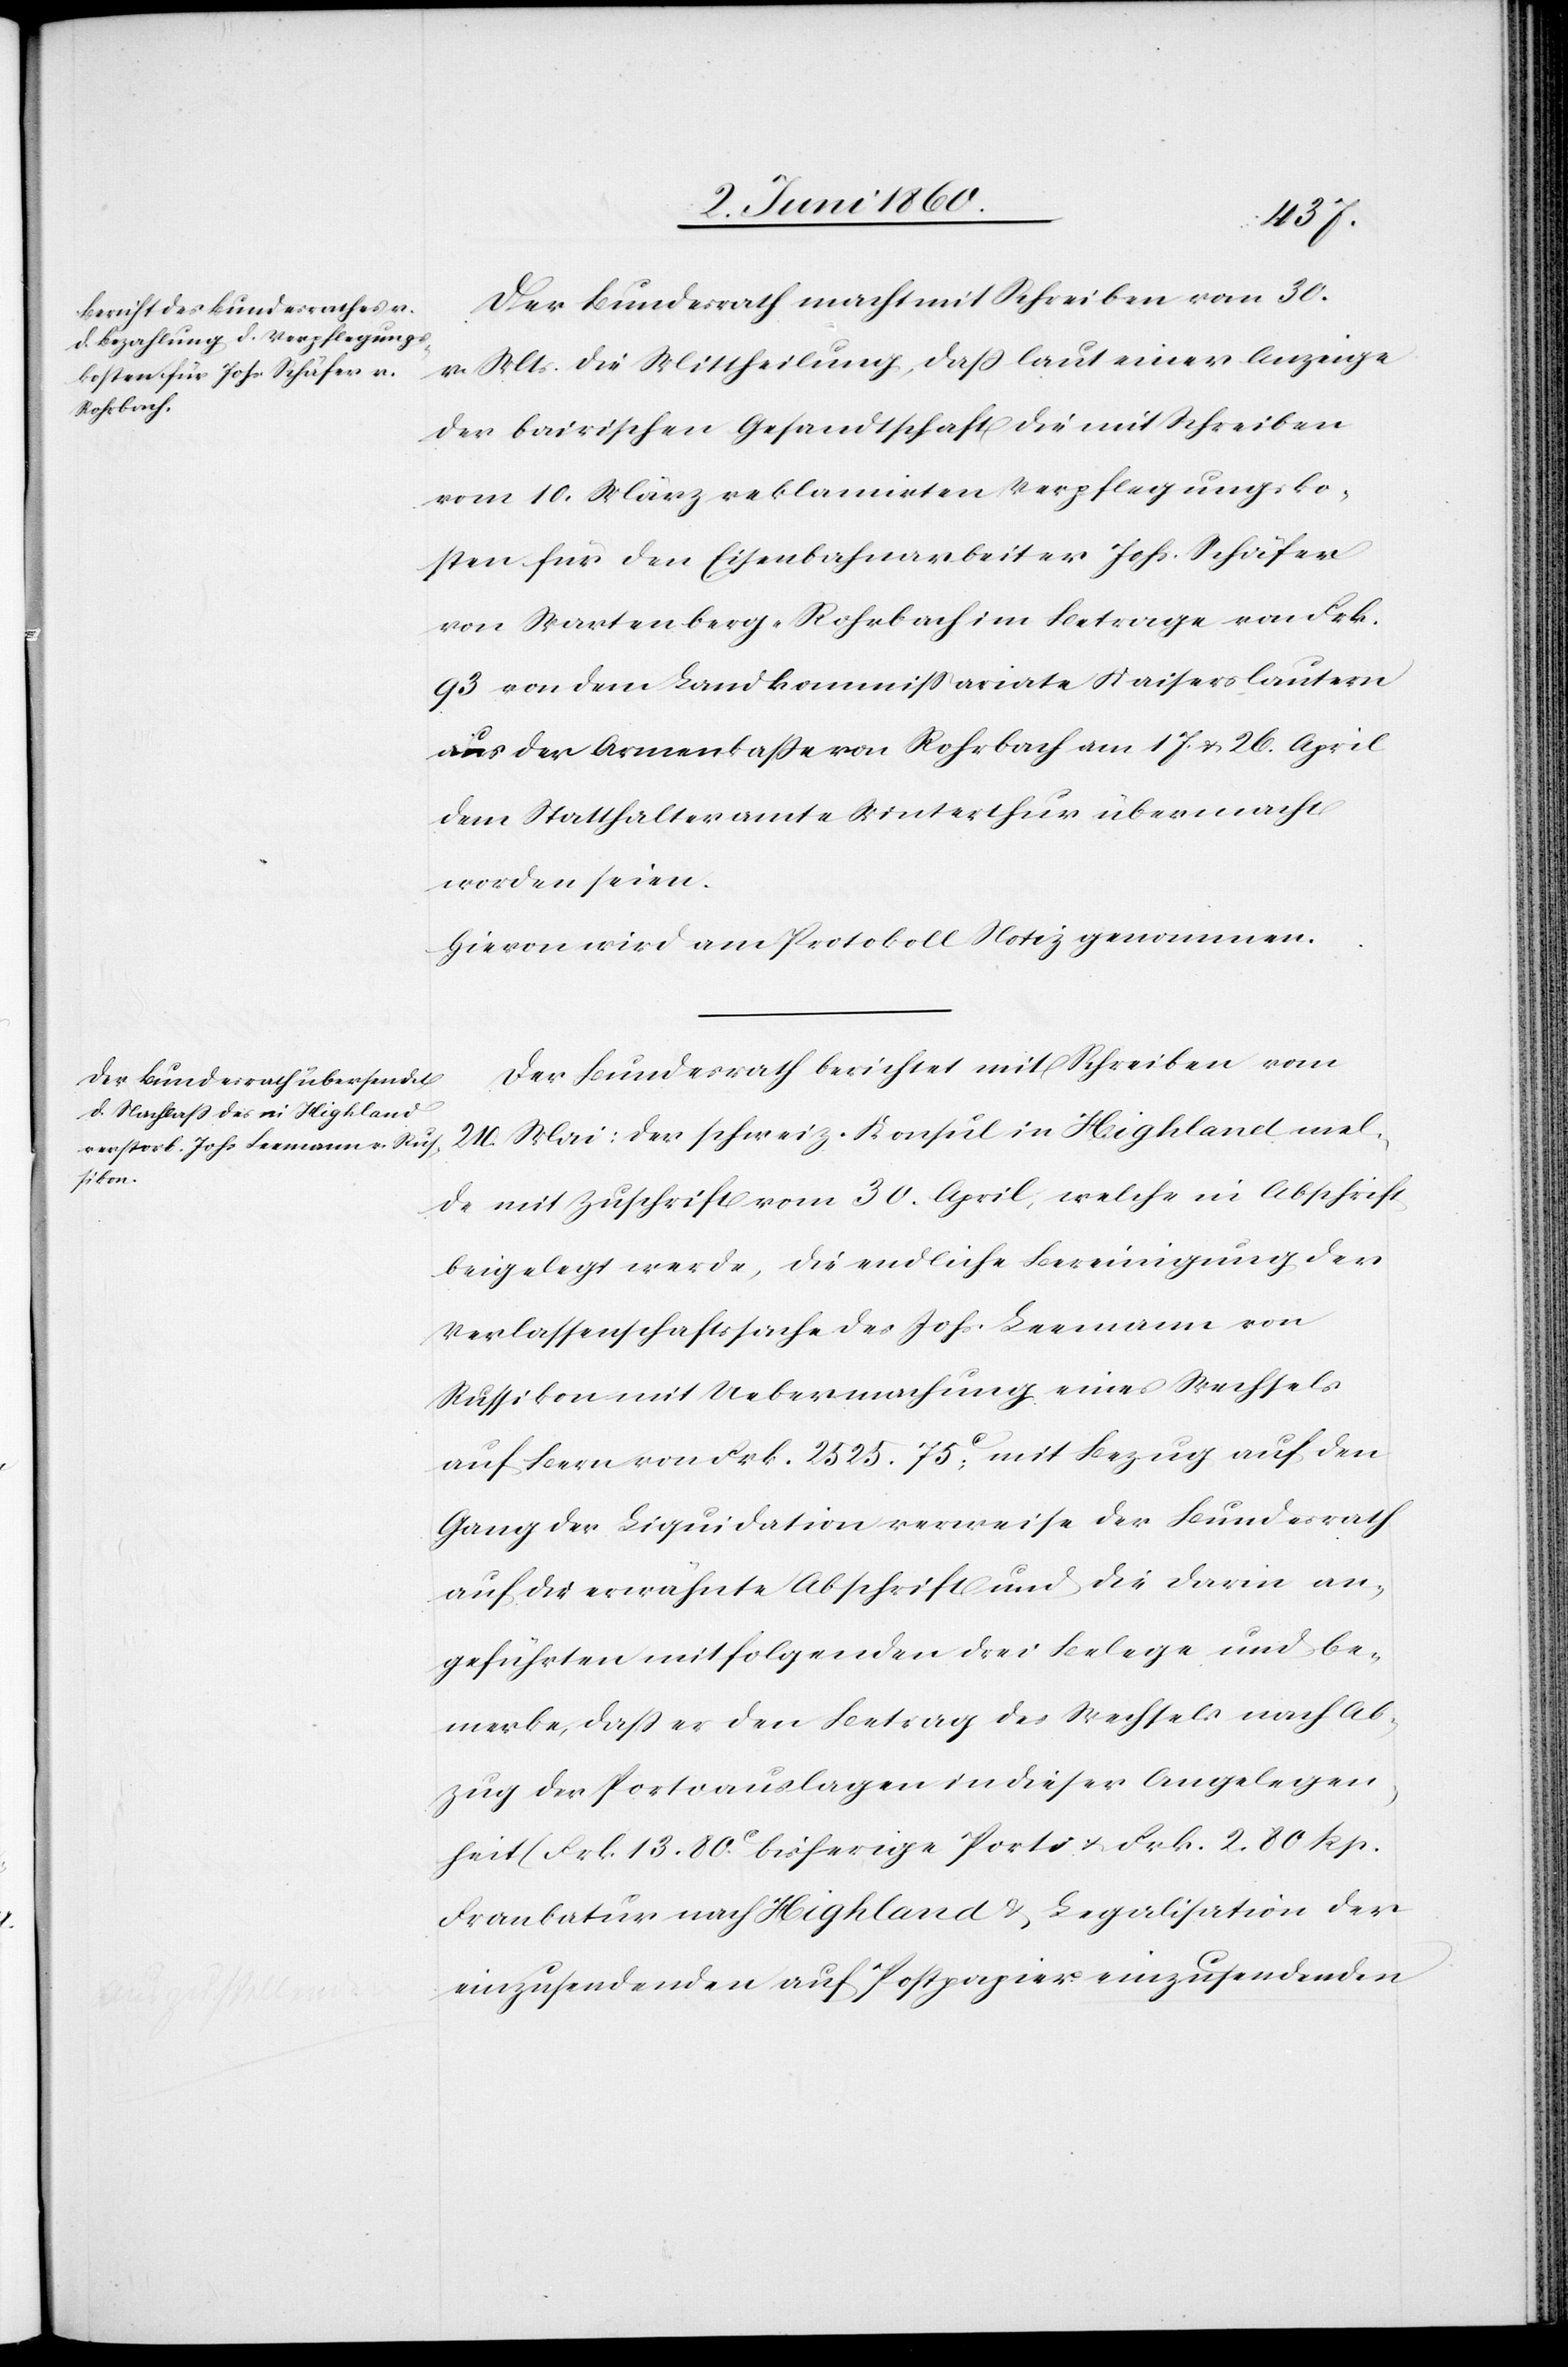
Der Bundesrath macht mit Schreiben vom 30.
v. Mts. die Mittheilung, dass laut einer Anzeige
der baierischen Gesandtschaft die mit Schreiben
vom 10. März reklamirten Verpflegungsko¬
sten für den Eisenbahnarbeiter Johs. Schäfer
von Wartenberg-Rohrbach im Betrage von Frk.
93 von dem Landkommissariate Kaiserslautern
aus der Armenkasse von Rohrbach am 17. u. 26. April
dem Statthalteramte Winterthur übermacht
worden seien.
Hievon wird am Protokoll Notiz genommen.
Der Bundesrath berichtet mit Schreiben vom
24. Mai: der schweiz. Konsul in Highland mel¬
de mit Zuschrift vom 30. April, welche in Abschrift
beigelegt werde, die endliche Bereinigung der
Verlassenschaftssache des Johs. Leemann von
Russikon mit Uebermachung eines Wechsels
auf Bern von Frk. 2525. 75C; mit Bezug auf den
Gang der Liquidation verweise der Bundesrath
auf die erwähnte Abschrift und die darin an¬
geführten mit folgenden drei Belegen und be¬
merke, dass er den Betrag des Wechsels nach Ab¬
zug der Portoauslagen in dieser Angelegen¬
heit (Frk. 13. 80C bisherige Porti u. Frk. 2. 80 Rp.
Frankatur nach Highland u. Legalisation der
einzusendenden auf Postpapier einzusendenden